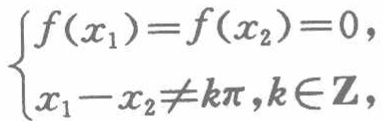
\(\begin{cases}

f(x_1)=f(x_2)=0,\\

x_1 - x_2\neq k\pi,k\in\mathbf{Z},

\end{cases}\)